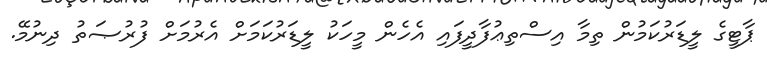
ޕާޓީގެ ލީޑަރުކަމުން ތިމާ އިސްތިޢުފާދީފައި އެހެން މީހަކު ލީޑަރުކަމަށް އެރުމަށް ފުރުޞަތު ދިނުމޭ.